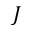
J